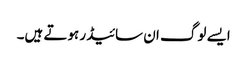
ایسے لوگ ان سائیڈر ہوتے ہیں۔